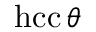
\operatorname { h c c } \theta